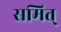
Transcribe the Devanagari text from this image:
समित्